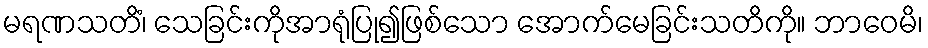
မရဏသတိံ၊ သေခြင်းကိုအာရုံပြု၍ဖြစ်သော အောက်မေခြင်းသတိကို။ ဘာဝေမိ၊